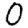
Digit: 0